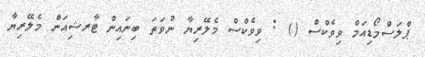
ޕްލަސްމޯޑިއަމް ވިވެކްސް () : ވިވެކްސް މެލޭރިޔާ ނުވަތަ ބިނައިން ޓާރޝިއަން މެލޭރިޔާ